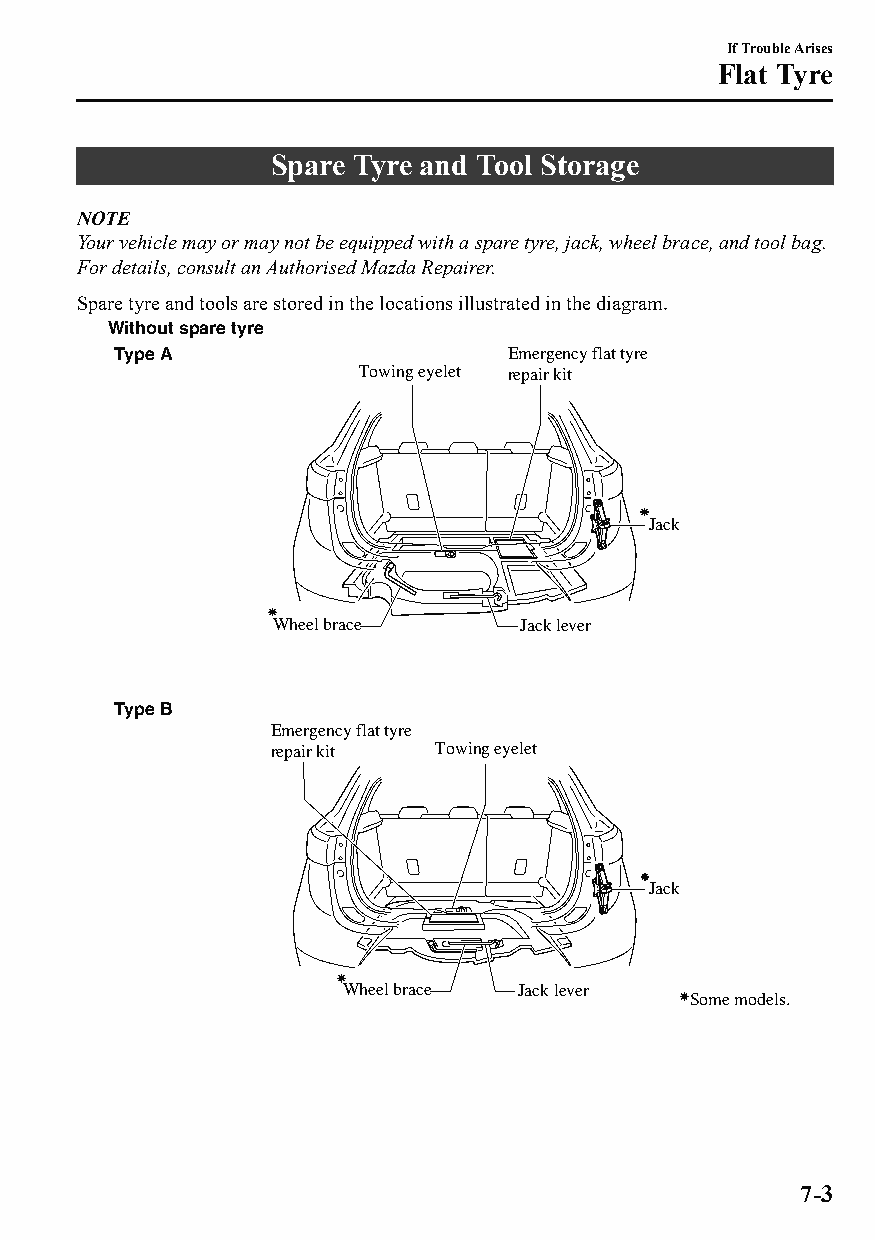
If Trouble Arises
 Flat Tyre
 Spare Tyre and Tool Storage
 NOTE
 Your vehicle may or may not be equipped with a spare tyre, jack, wheel brace, and tool bag.
 For details, consult an Authorised Mazda Repairer.
 Spare tyre and tools are stored in the locations illustrated in the diagram.
 Without spare tyre
 Type A                    Emergency flat tyre
 Towing eyelet repair kit
 Jack
 Wheel brace     Jack lever
 Type B
 Emergency flat tyre
 repair kit Towing eyelet
 Jack
 Wheel brace Jack lever
 Some models.
 7-3
 CX-3_8GT4-EE-18D_Edition4                  2018-9-6 18:32:19